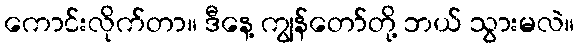
ကောင်းလိုက်တာ။ ဒီနေ့ ကျွန်တော်တို့ ဘယ် သွားမလဲ။